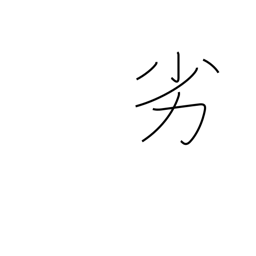
Meaning: inferiority